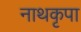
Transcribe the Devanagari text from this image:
नाथकृपा